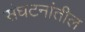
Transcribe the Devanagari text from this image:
संघटनांतील